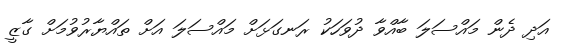
އަދި ދެން މައްސަލަ ބާއްވާ ދުވަހަކު ރަނގަޅަށް މައްސަލަ އަށް ތައްޔާރުވުމަށް ގާޒީ